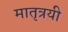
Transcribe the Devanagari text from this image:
मातृत्रयी